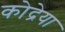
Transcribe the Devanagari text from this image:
कोद्रेया